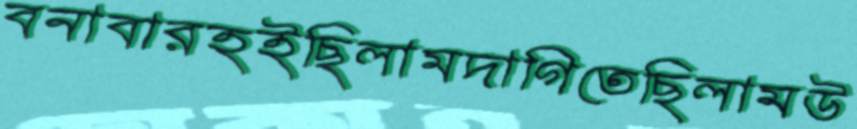
বনাবারহইছিলামদাগিতেছিলামউ